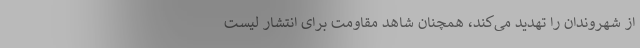
از شهروندان را تهدید می‌کند، همچنان شاهد مقاومت برای انتشار لیست